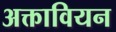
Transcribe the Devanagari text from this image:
अक्तावियन